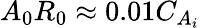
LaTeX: A_{0}R_{0}\approx 0.01C_{A_{i}}